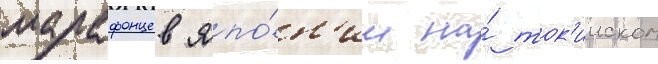
марафонцев япо́н'ии на́ ток'ииском